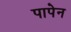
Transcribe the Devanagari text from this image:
पापेन